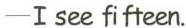
-I see fifteen.